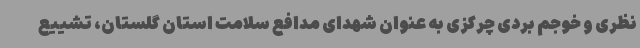
نظری و خوجم بردی چرکزی به عنوان شهدای مدافع سلامت استان گلستان، تشییع